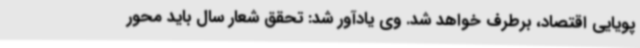
پویایی اقتصاد، برطرف خواهد شد. وی یادآور شد: تحقق شعار سال باید محور